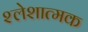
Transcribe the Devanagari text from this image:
श्लेशात्मक